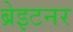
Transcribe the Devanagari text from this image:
ब्रेइटनर